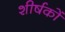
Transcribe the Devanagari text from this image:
शीर्षकाें